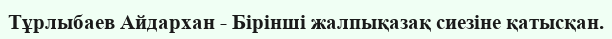
Тұрлыбаев Айдархан - Бірінші жалпықазақ сиезіне қатысқан.